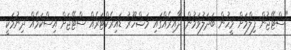
"ސްޓޭޖުން ފިލްމަށް މީހުން ބަދަލުވަމުން ދާއިރެއްގައި މަޝްހޫރު ޑައިރެކްޓަރެއް ސްޓޭޖަށް އިސްކަމެއް ދިނުމަކީ